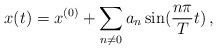
LaTeX: \begin{align*}x(t) = x^{(0)} + \sum_{n\neq 0} a_n \sin (\frac{n\pi}{T} t)\,,\end{align*}